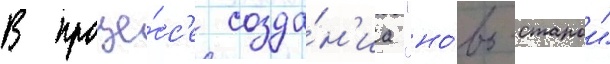
В проце́сс'е созда́н'иа "но́во-старои"